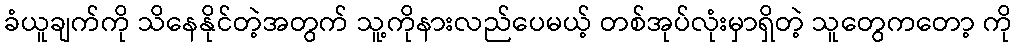
ခံယူချက်ကို သိနေနိုင်တဲ့အတွက် သူ့ကိုနားလည်ပေမယ့် တစ်အုပ်လုံးမှာရှိတဲ့ သူတွေကတော့ ကို